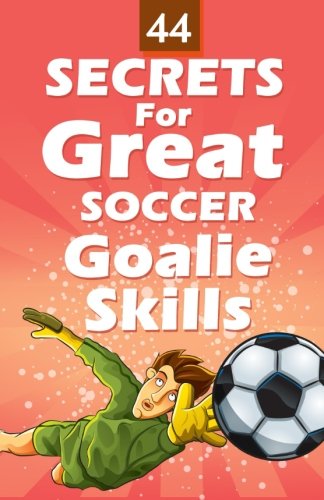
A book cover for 44 Secrets for Great Soccer Goalie Skills; Mirsad Hasic; Sports & Outdoors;